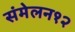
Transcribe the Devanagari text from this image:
संमेलन१२